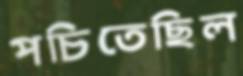
পচিতেছিল